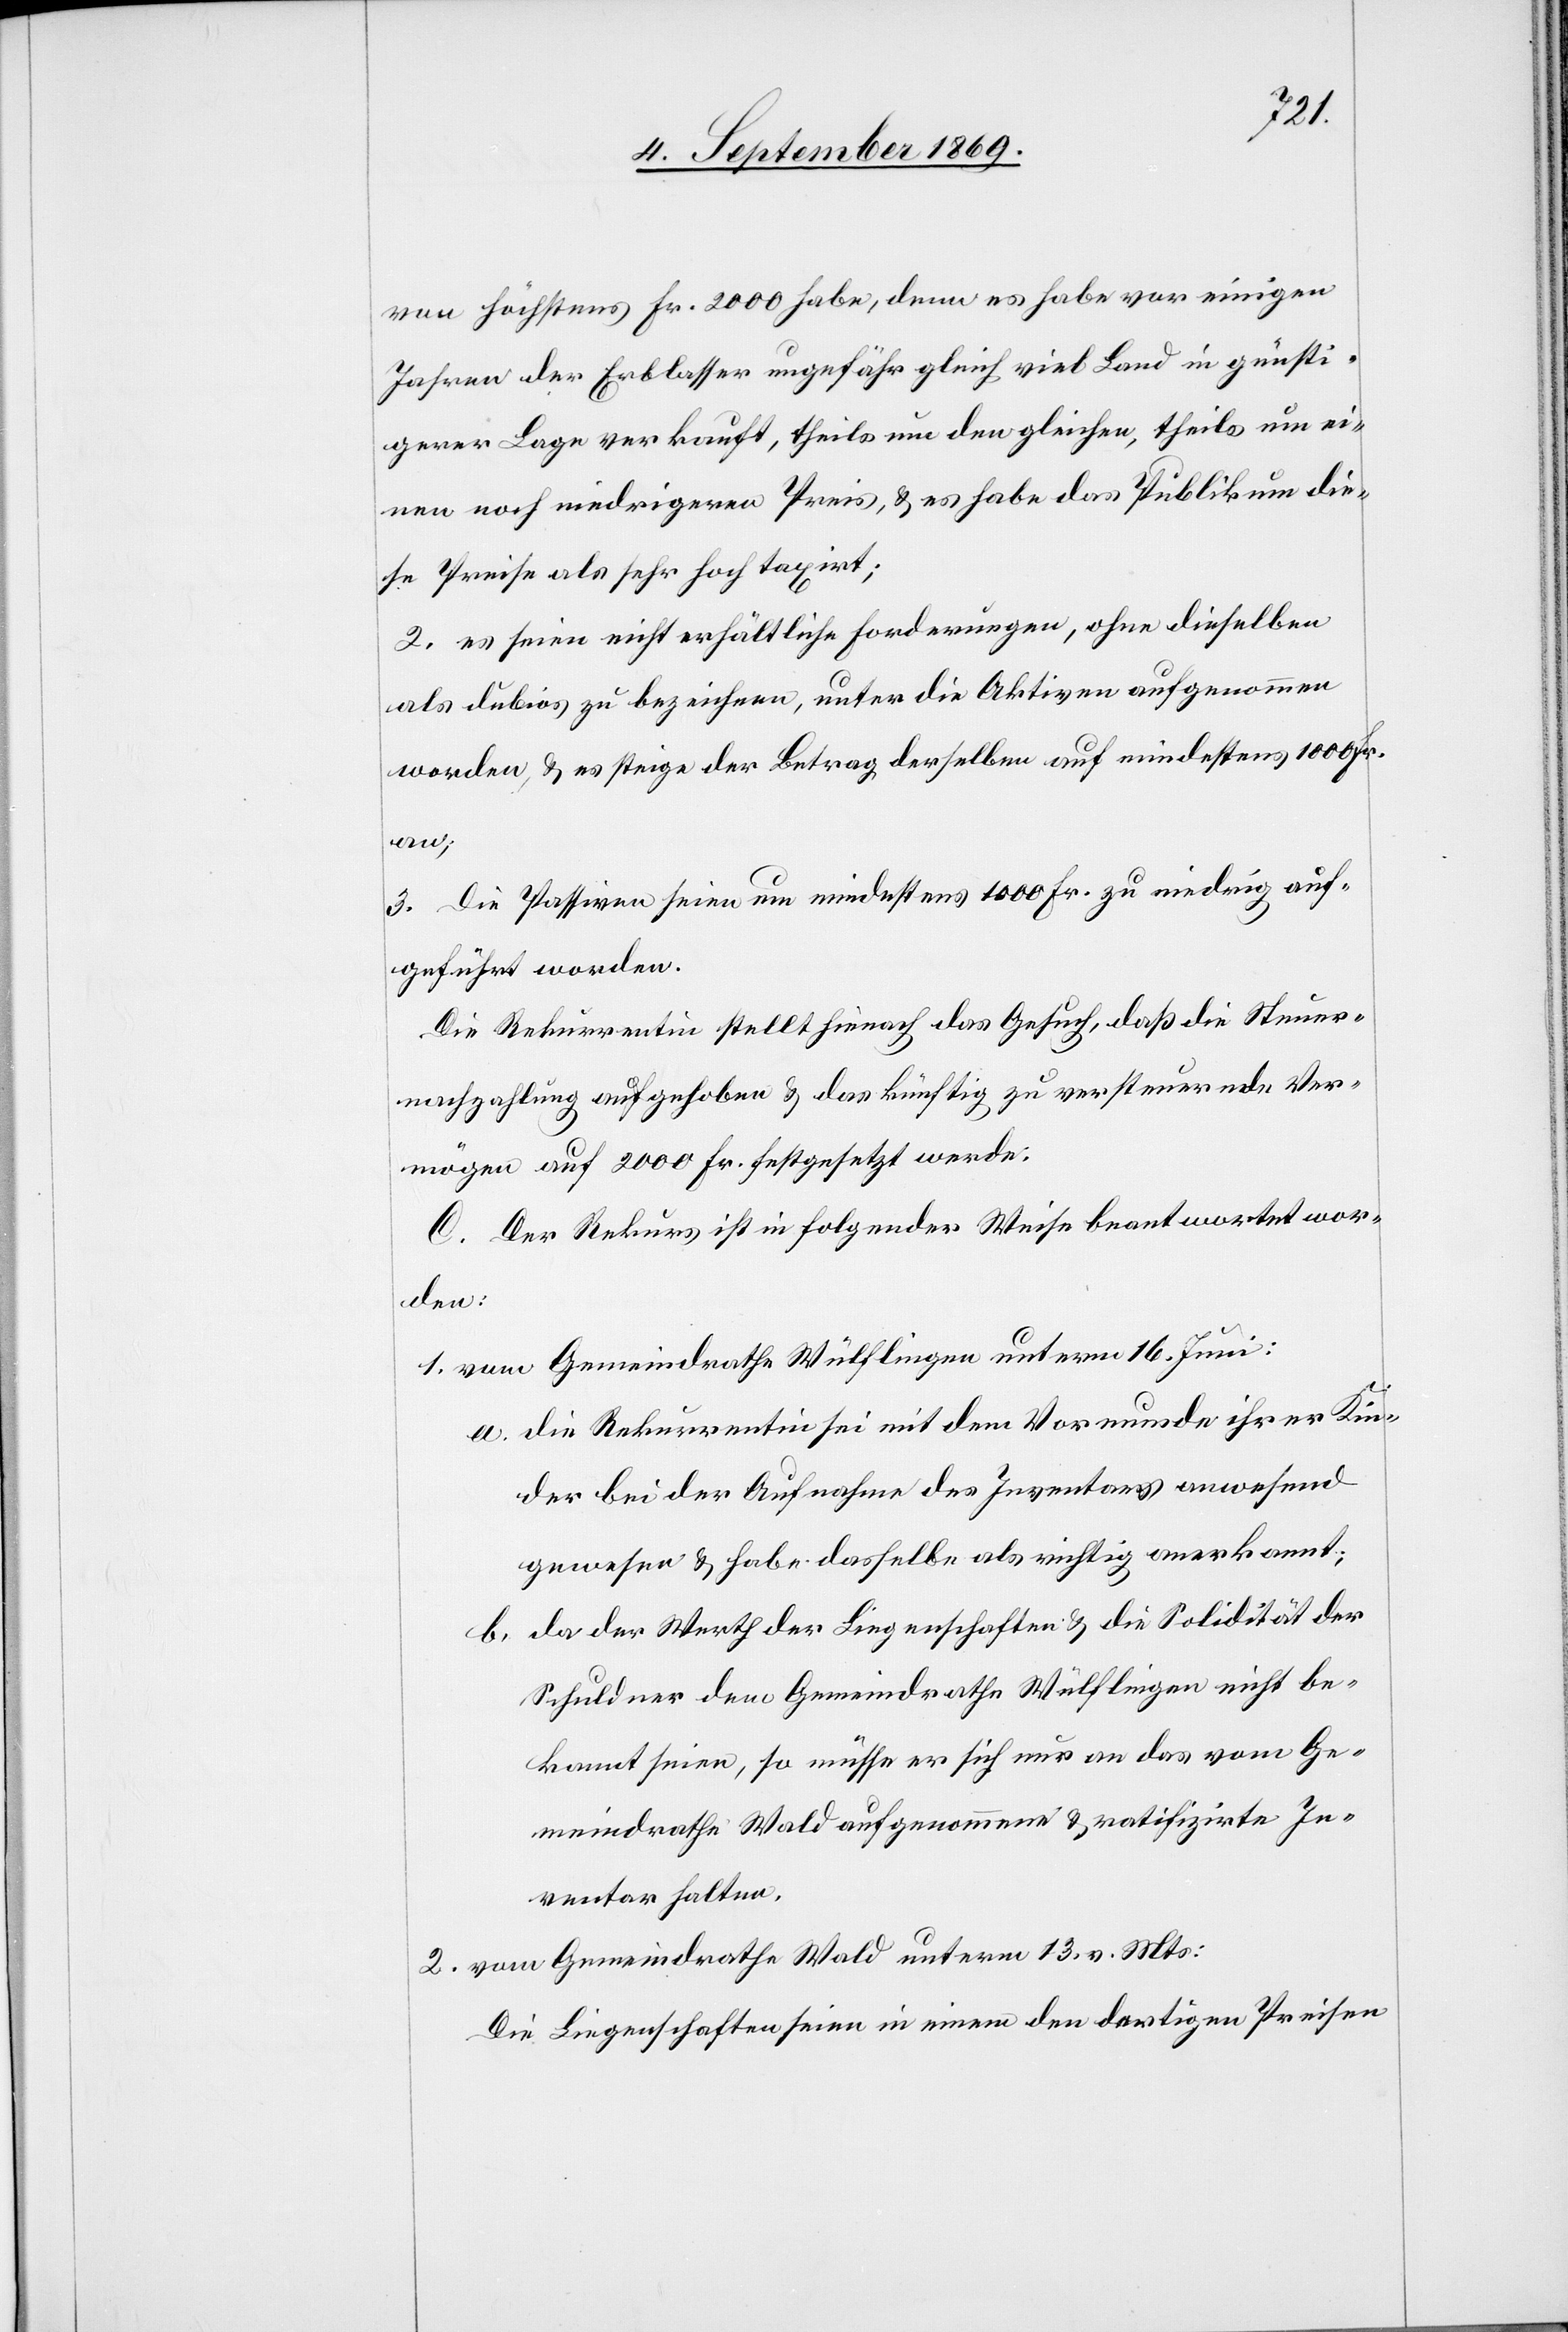
von höchstens Fr. 2000 habe, denn es habe vor einigen
Jahren der Erblasser ungefähr gleich viel Land in günsti¬
gerer Lage verkauft, theils um den gleichen, theils um ei¬
nen noch niedrigeren Preis, & es habe das Publikum die¬
se Preise als sehr hoch taxirt;
2. es seien nicht erhältliche Forderungen, ohne dieselben
als dubios zu bezeichnen, unter die Aktiven aufgenommen
worden, & es steige der Betrag derselben auf mindestens 1000 Fr.
an;
3. Die Passiven seien um mindestens 1000 Fr. zu niedrig auf¬
geführt worden.
Die Rekurrentin stellt hienach das Gesuch, daß die Steuer¬
nachzahlung aufgehoben & das künftig zu versteuernde Ver¬
mögen auf 2000 Fr. festgesetzt werde.
C. Der Rekurs ist in folgender Weise beantwortet wor¬
den:
1. vom Gemeindrathe Wülflingen unterm 16. Juni:
a. die Rekurrentin sei mit dem Vormunde ihrer Kin¬
der bei der Aufnahme des Inventars anwesend
gewesen & habe dasselbe als richtig anerkannt;
b. da der Werth der Liegenschaften & die Solidität der
Schuldner dem Gemeindrathe Wülflingen nicht be¬
kannt seien, so müsse er sich nur an das vom Ge¬
meindrathe Wald aufgenommene & ratifizirte In¬
ventar halten.
2. vom Gemeindrathe Wald unterm 13. v. Mts:
Die Liegenschaften seien in einem den dortigen Preisen